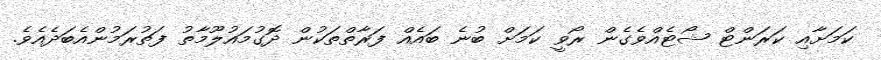
ކަމަށާއި ކަރަންޓް ޝޯޓެއްވެގެން ރޯވީ ކަމަށް ބުނެ ބައެއް ފަރާތްތަކުން ދޮގުމައުލޫމާތު ފަތުރަމުންއެބަދެއެވެ.